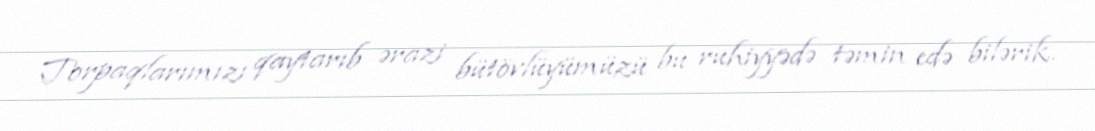
Torpaqlarımızı qaytarıb ərazi bütövlüyümüzü bu ruhiyyədə təmin edə bilərik.